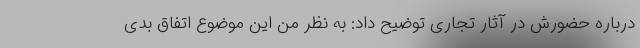
درباره حضورش در آثار تجاری توضیح داد: به نظر من این موضوع اتفاق بدی